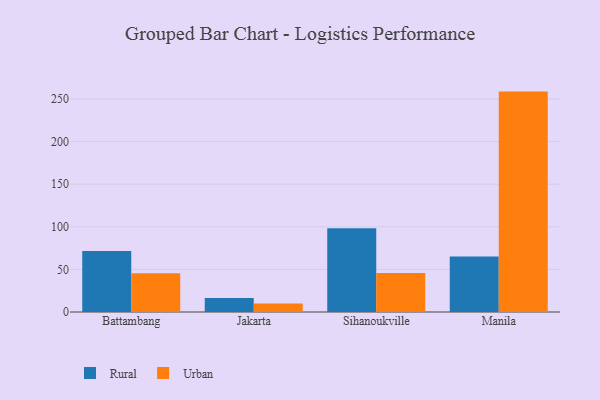
{"axis": {"x": "City", "y": "LTV (USD)"}, "legend": ["Rural", "Urban"], "data": [{"x": "Battambang", "y": 71.6, "type": "Rural"}, {"x": "Battambang", "y": 45.6, "type": "Urban"}, {"x": "Jakarta", "y": 16.5, "type": "Rural"}, {"x": "Jakarta", "y": 10.1, "type": "Urban"}, {"x": "Sihanoukville", "y": 98.3, "type": "Rural"}, {"x": "Sihanoukville", "y": 45.8, "type": "Urban"}, {"x": "Manila", "y": 65.2, "type": "Rural"}, {"x": "Manila", "y": 258.6, "type": "Urban"}]}